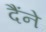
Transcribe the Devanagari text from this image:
दैंने